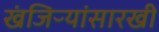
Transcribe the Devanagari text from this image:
खंजिऱ्यांसारखी